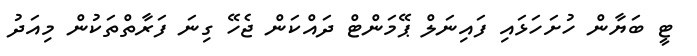
ޓީ ބަޔާން ހުށަހަޅައި ފައިނަލް ޕޭމަންޓް ދައްކަން ޖެހޭ ގިނަ ފަރާތްތަކުން މިއަދު